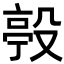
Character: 𣪢